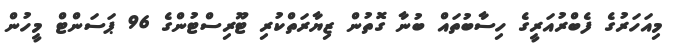
މިއަހަރުގެ ފެބްރުއަރީގެ ހިސާބުތައް ބުނާ ގޮތުން ޒިޔާރަތްކުރި ޓޫރިސްޓުންގެ 96 ޕަސަންޓް މީހުން